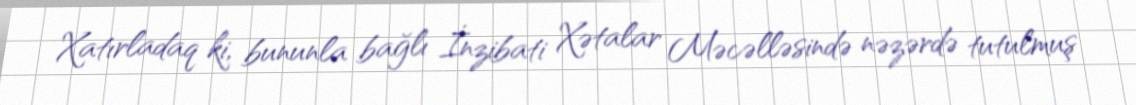
Xatırladaq ki, bununla bağlı İnzibati Xətalar Məcəlləsində nəzərdə tutulmuş